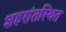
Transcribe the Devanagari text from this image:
शहरांतस्थित